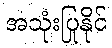
အသုံးပြုနိုင်